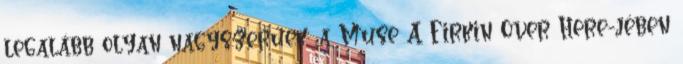
legalább olyan nagyszerűek: a Muse A Firkin Over Here-jében